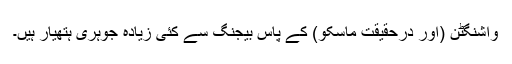
واشنگٹن (اور درحقیقت ماسکو) کے پاس بیجنگ سے کئی زیادہ جوہری ہتھیار ہیں۔